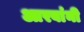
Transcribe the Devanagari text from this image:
आरबांनी